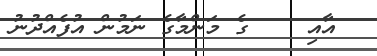
އާއި    ގެ މަންމާގެ ނަމުން އުފެއްދުނު